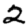
Digit: 2